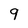
Character: 9